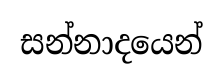
සන්නාදයෙන්